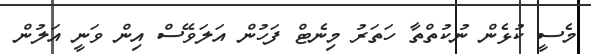
މެސީ ކުޅެން ނުކުތްތާ ހަތަރު މިނެޓް ފަހުން އަލަވޭސް އިން ވަނީ އަލުން